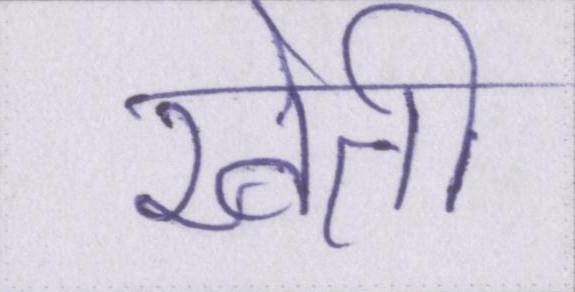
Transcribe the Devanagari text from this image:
खेती